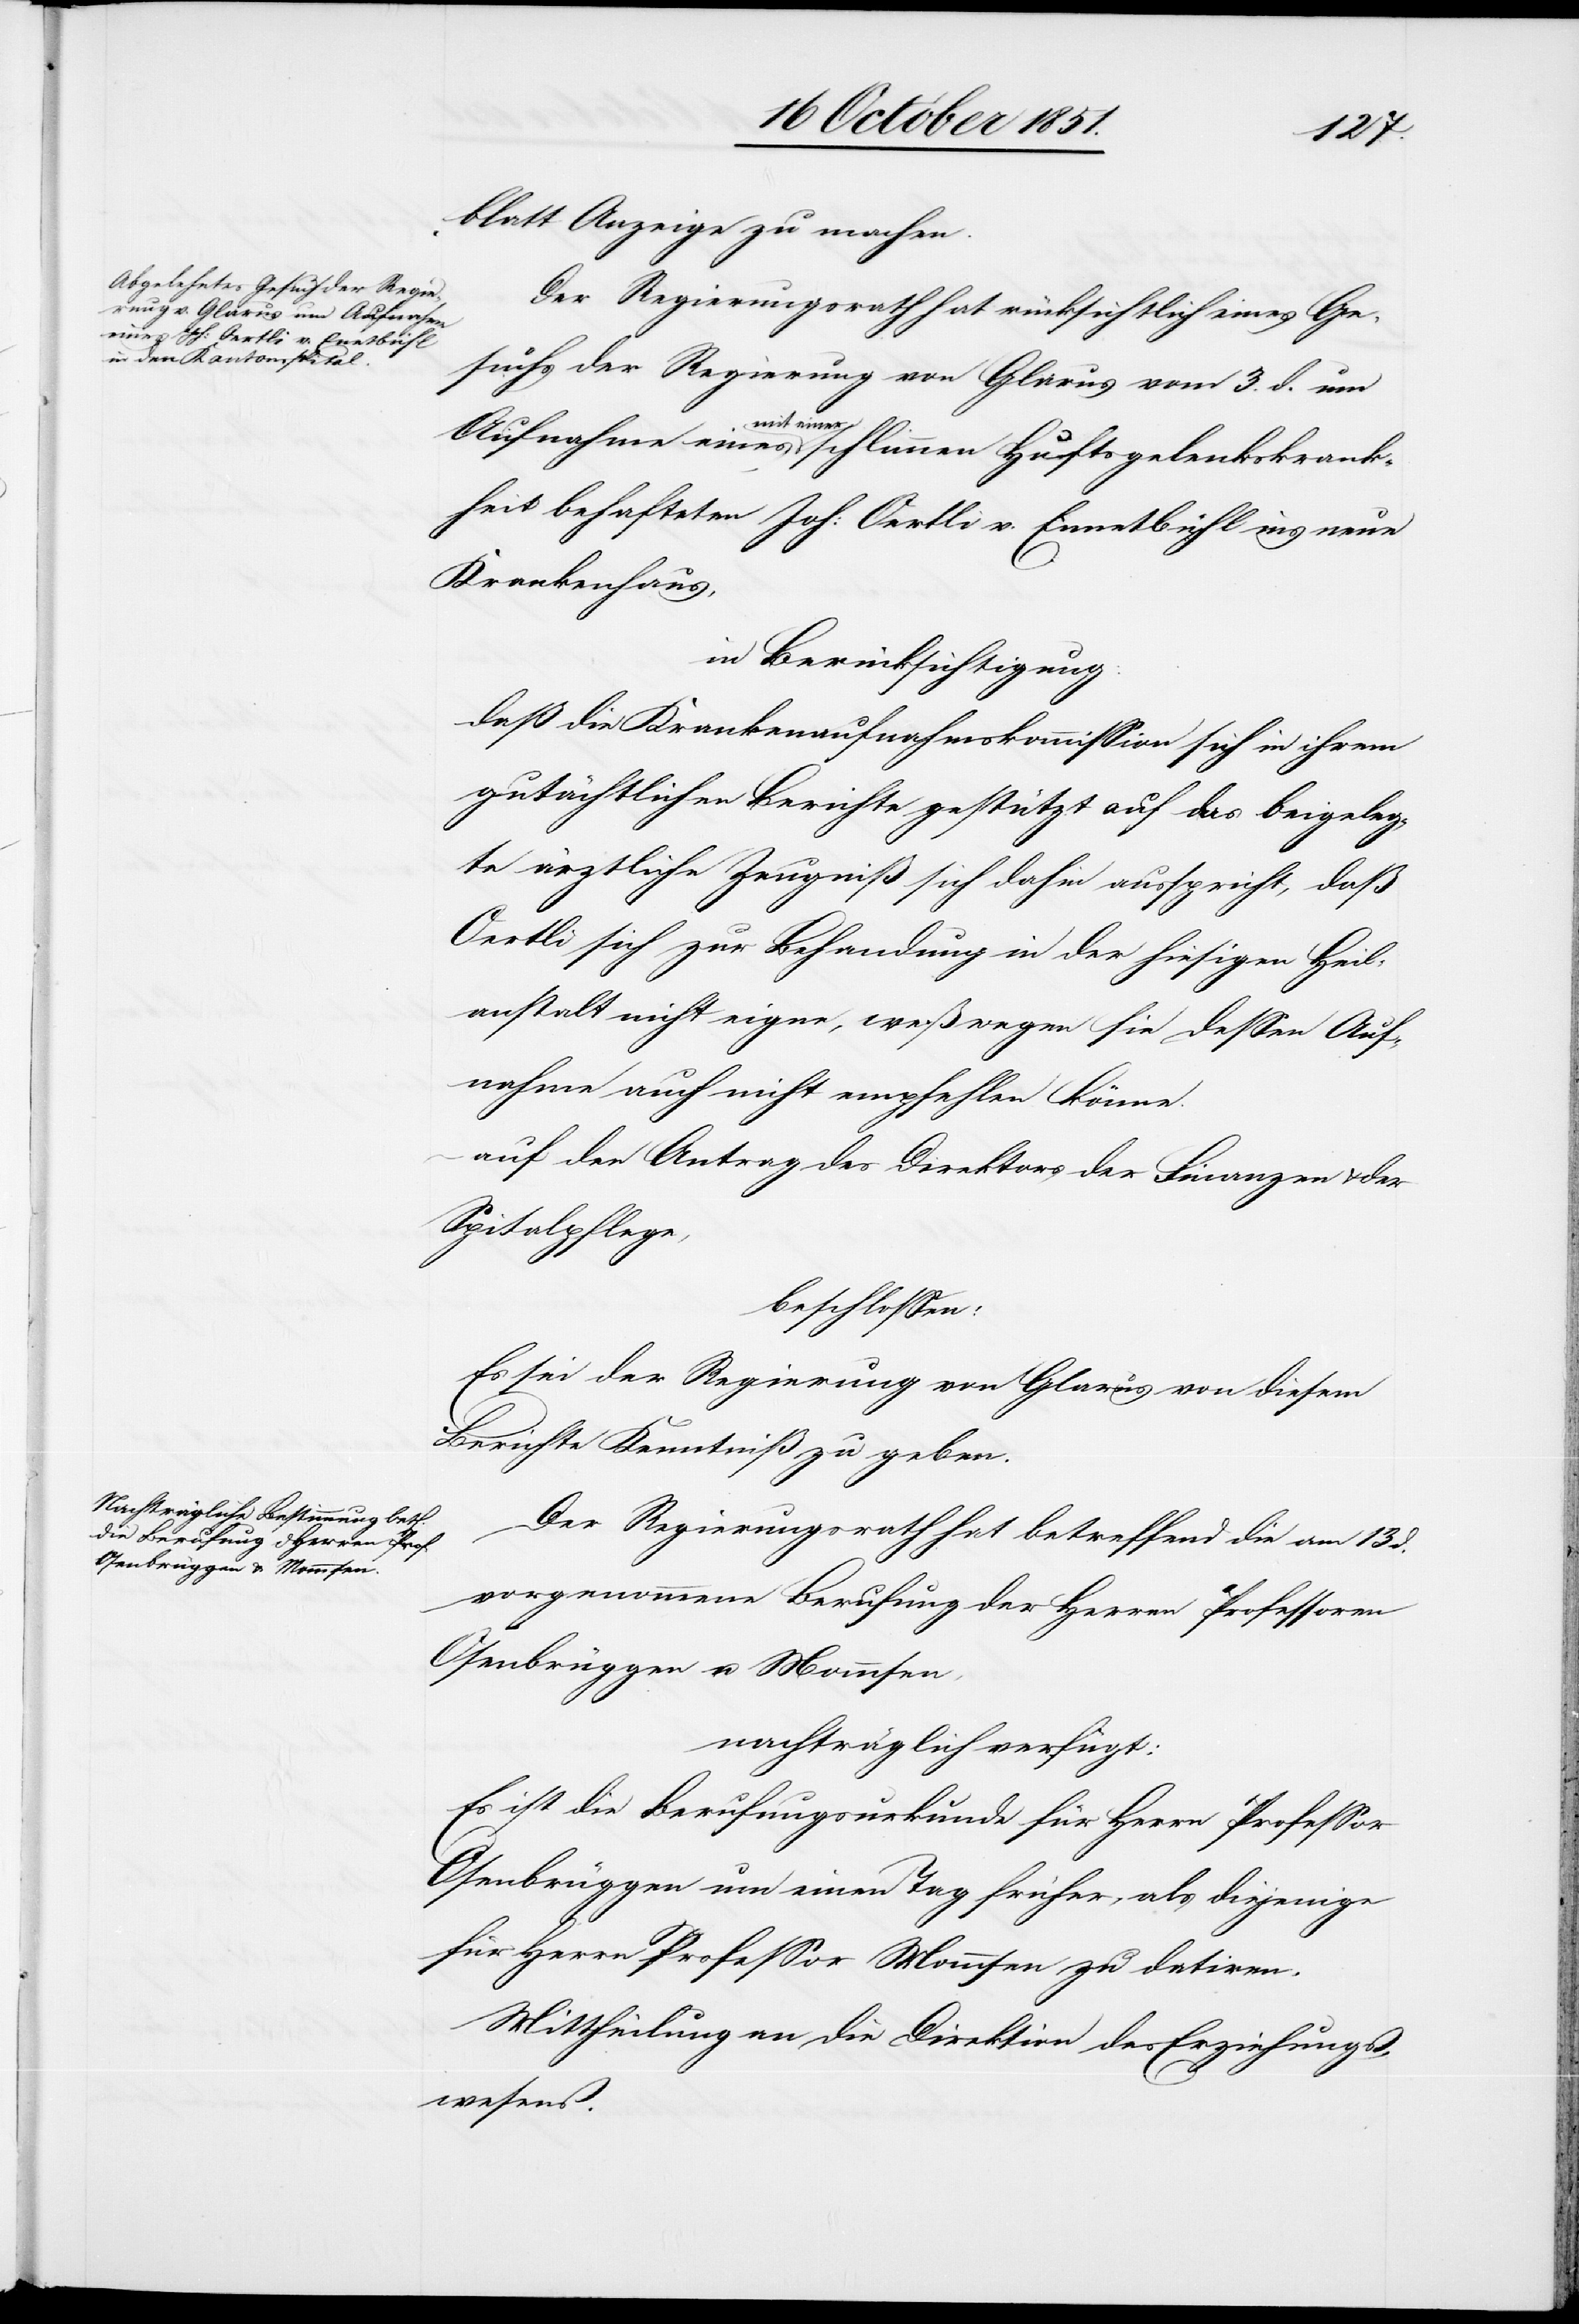
blatt Anzeige zu machen.
Der Regierungsrath hat rücksichtlich eines Ge¬
suchs der Regierung von Glarus vom 3. d. um
mit einer
kheit behafteten Joh: Oertli v. Ennetbühl ins neue
Krankenhaus,
in Berücksichtigung:
daß die Krankenaufnahmskommission sich in ihrem
gutächtlichen Berichte gestützt auf das beigeleg¬
te ärztliche Zeugniß sich [sic!] dahin ausspricht, daß
Oertli sich zur Behand[l]ung in der hiesigen Heil¬
anstalt nicht eigne, weßwegen sie dessen Auf¬
nahme auch nicht empfehlen könne.
auf den Antrag des Direktors der Finanzen & der
Spitalpflege,
beschlossen:
Es sei der Regierung von Glarus von diesem
Berichte Kenntniß zu geben.
Der Regierungsrath hat betreffend die am 13
d.
vorgenommene Berufung der Herren Professoren
Osenbrüggen u. Mommsen,
nachträglich verfügt:
Es ist die Berufungsurkunde für Herrn Professor
Osenbrüggen um einen Tag früher, als diejenige
für Herrn Professor Mommsen zu datiren.
Mittheilung an die Direktion des Erziehungs¬
wesens.